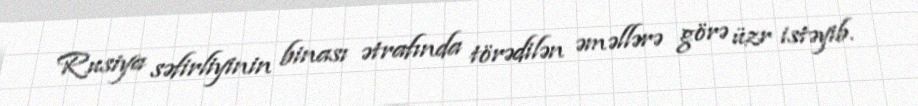
Rusiya səfirliyinin binası ətrafında törədilən əməllərə görə üzr istəyib.